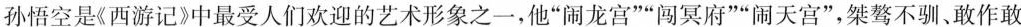
孙悟空是《西游记》中最受人们欢迎的艺术形象之一，他”闹龙宫””闯冥府””闹天宫”，桀骜不驯、敢作敢